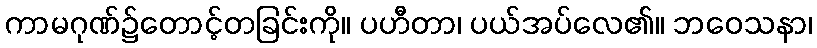
ကာမဂုဏ်၌တောင့်တခြင်းကို။ ပဟီတာ၊ ပယ်အပ်လေ၏။ ဘဝေသနာ၊